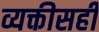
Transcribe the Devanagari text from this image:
व्यक्तीसही